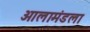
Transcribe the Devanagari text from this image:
आलामंडला